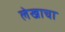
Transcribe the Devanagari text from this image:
लेेखाचा